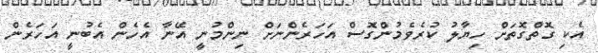
އެކި ގޮތްގޮތަށް ހިޔާލު ކުރެވެމުންގޮސް އަހަރެންނަށް ނިންމުނީ އޭނާ އެހެން އެބުނީ އަހަރެން